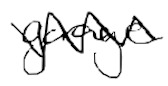
Text: garage
Cross-out: zig-zag
Writing tool: digital_black